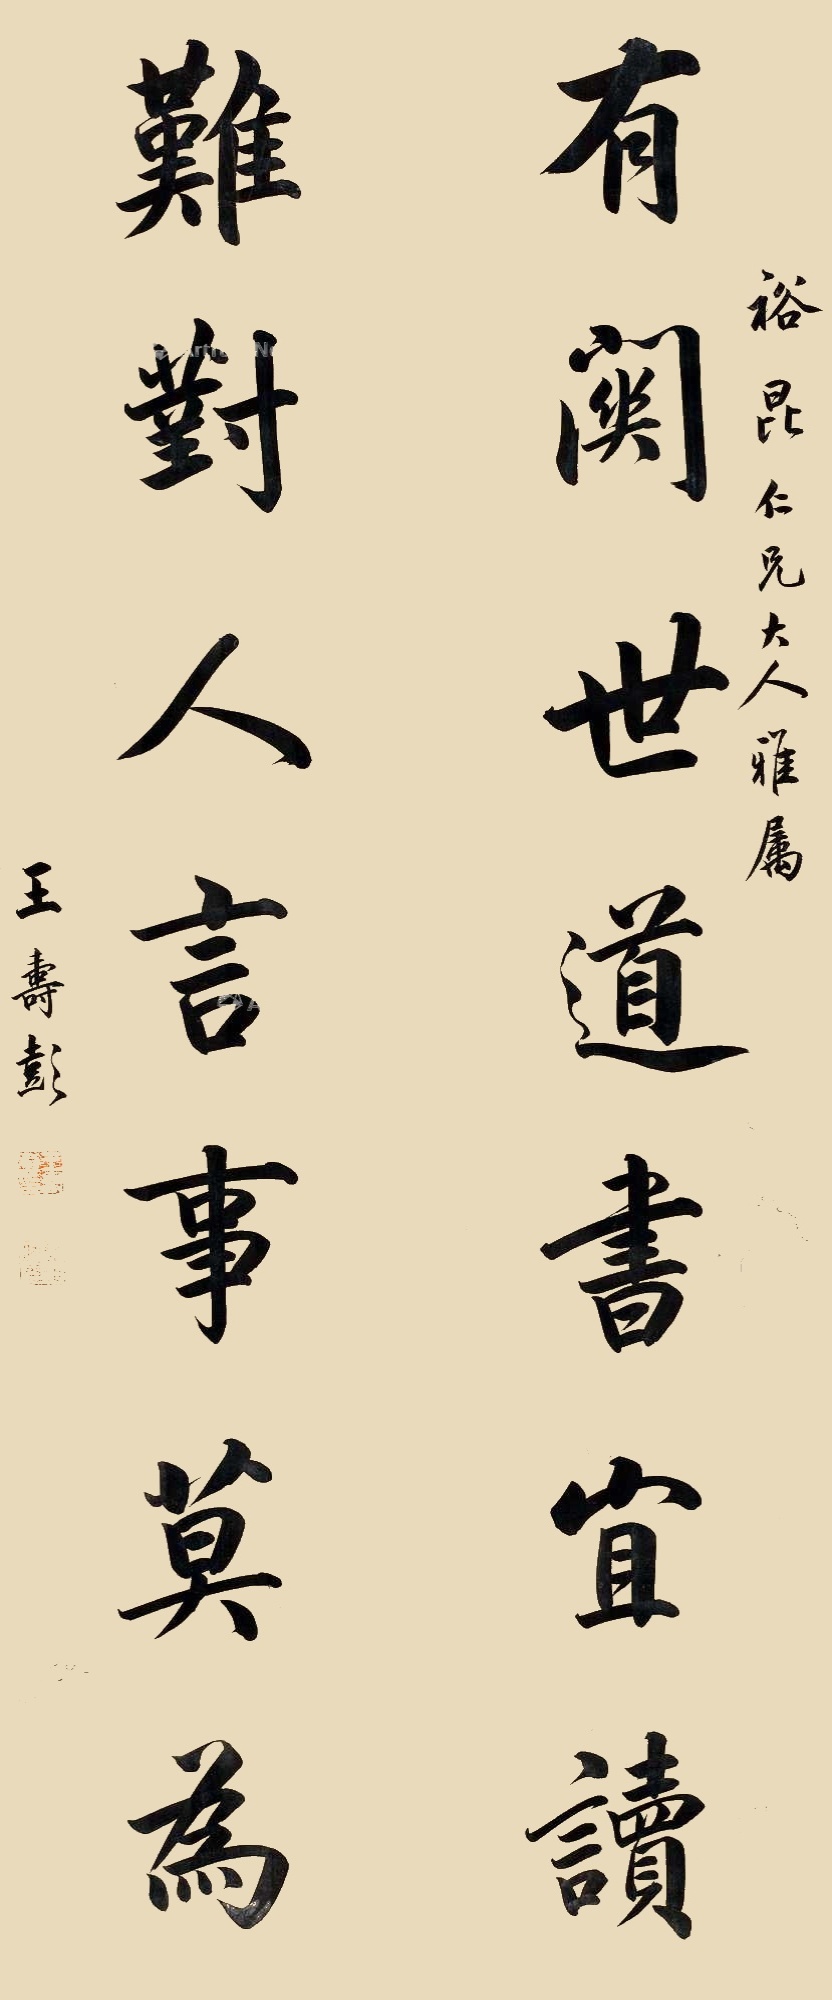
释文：有关世道书宜读，难对人言事莫为。裕昆仁兄大人雅属，王寿彭。